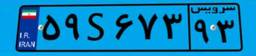
۷۲S۰۰۵۳۸